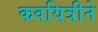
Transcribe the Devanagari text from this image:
कवयित्रीने